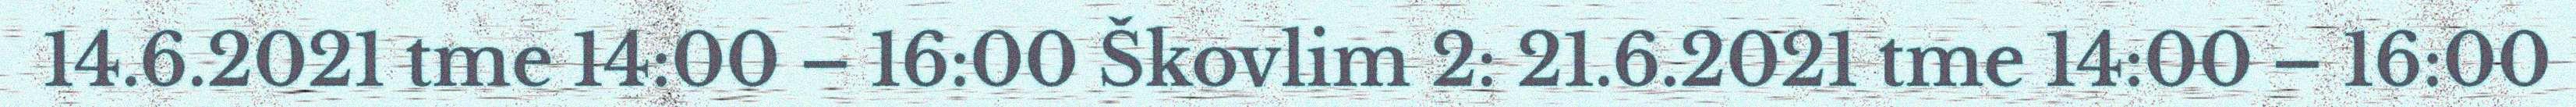
14.6.2021 tme 14:00 – 16:00 Škovlim 2: 21.6.2021 tme 14:00 – 16:00